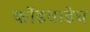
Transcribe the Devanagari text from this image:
कोंडवाडेच